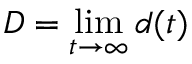
D = \operatorname* { l i m } _ { t \to \infty } d ( t )